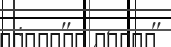
:   ''